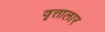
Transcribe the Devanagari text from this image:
वृत्तालार